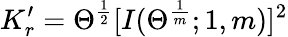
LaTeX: K_{r}^{\prime}=\Theta^{\frac{1}{2}}[I(\Theta^{\frac{1}{m}};1,m)]^{2}